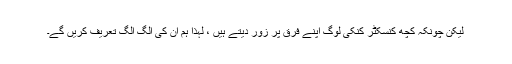
لیکن چونکہ کچھ کنسکٹر کنکی لوگ اپنے فرق پر زور دیتے ہیں ، لہذا ہم ان کی الگ الگ تعریف کریں گے۔